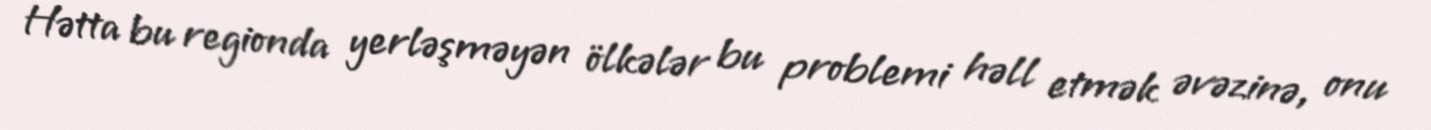
Hətta bu regionda yerləşməyən ölkələr bu problemi həll etmək əvəzinə, onu